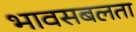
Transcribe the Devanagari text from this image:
भावसबलता